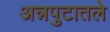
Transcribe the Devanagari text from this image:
अन्नपुटातले